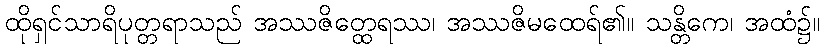
ထိုရှင်သာရိပုတ္တရာသည် အဿဇိတ္ထေရဿ၊ အဿဇိမထေရ်၏။ သန္တိကေ၊ အထံ၌။